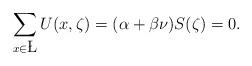
LaTeX: \begin{align*}\sum\limits_{x\in \L} U(x, \zeta)=(\alpha+\beta\nu)S(\zeta)=0.\end{align*}